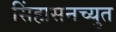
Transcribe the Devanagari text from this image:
सिंहासनच्युत